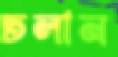
ঢলান